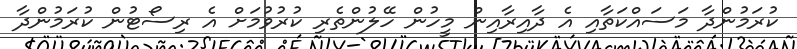
ކުރަމުންދާ މަސައްކަތާއި އެ ދާއިރާއިން މީހުން ހޭލުންތެރި ކުރުވުމަށް އެ ރިސޯޓުން ކުރަމުންދާ